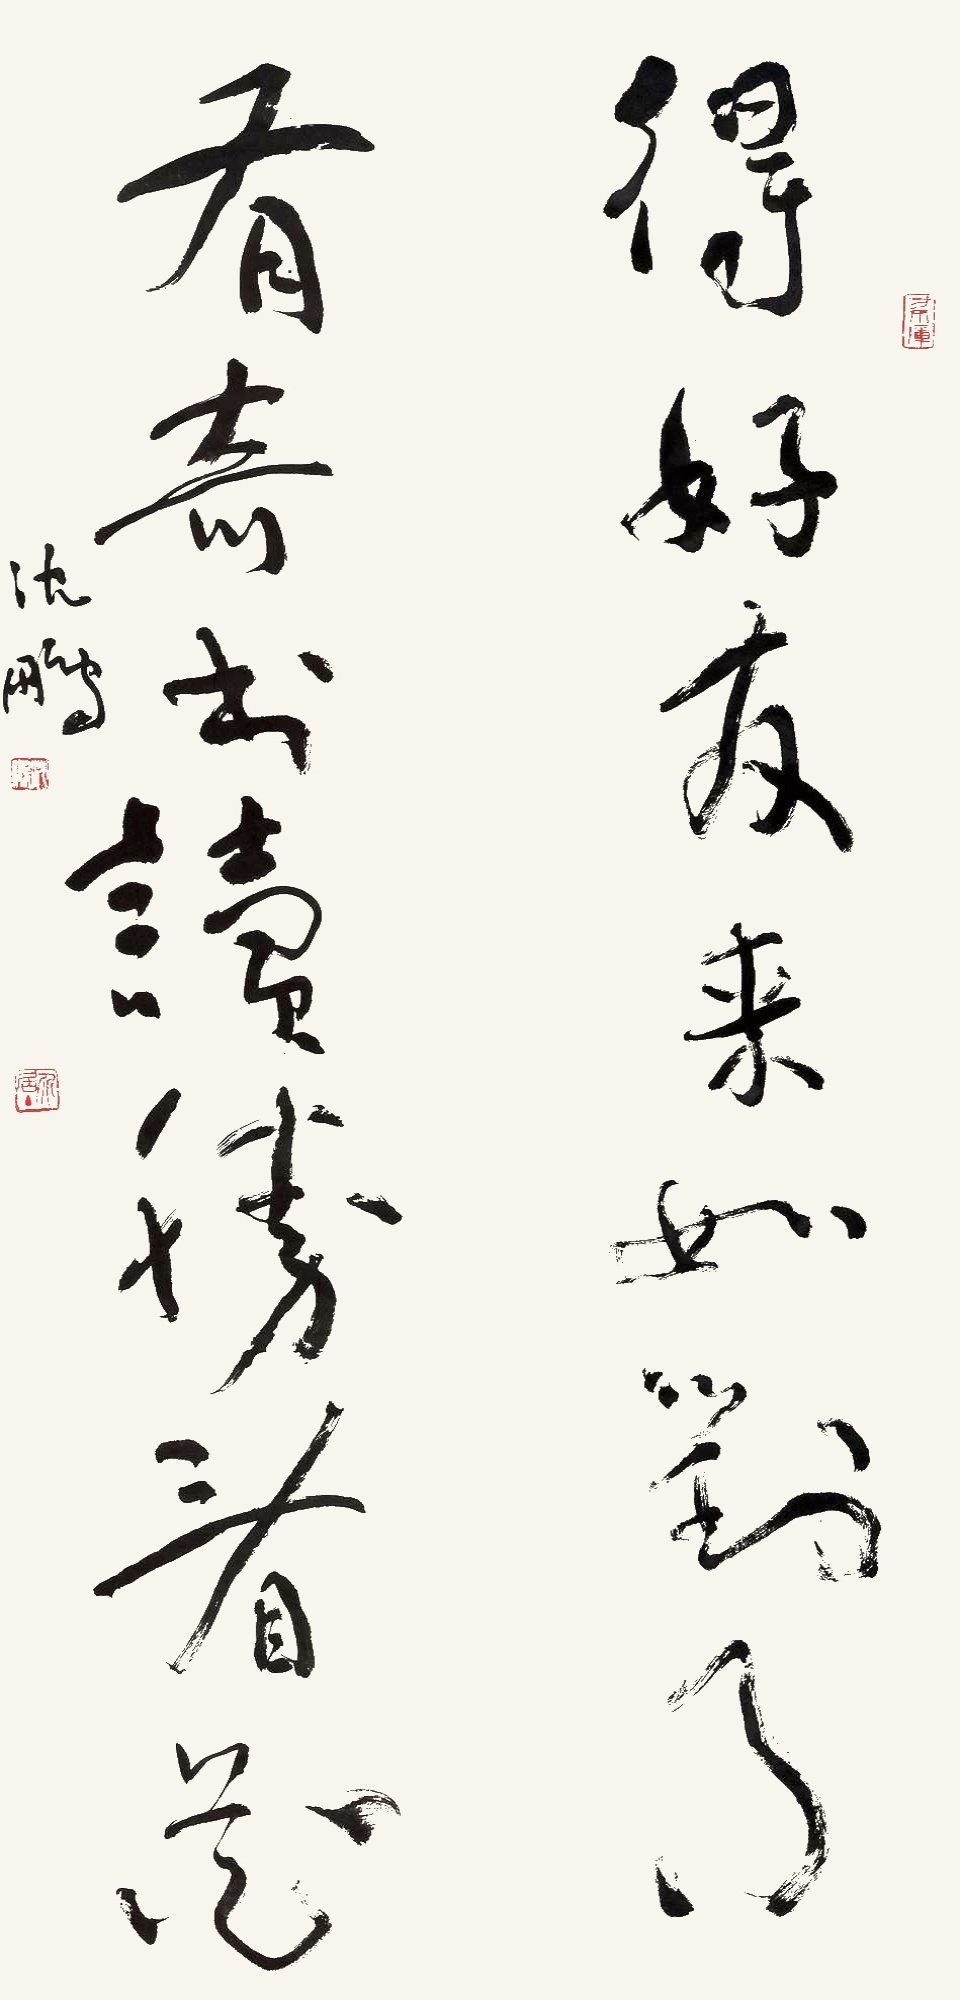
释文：得好友来如对月，有奇书读胜看花。沈鹏。